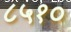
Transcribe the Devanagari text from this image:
८५१०